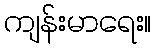
ကျန်းမာရေး။